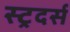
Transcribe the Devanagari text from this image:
स्ट्रदर्स